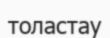
толастау